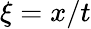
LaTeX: \xi=x/t